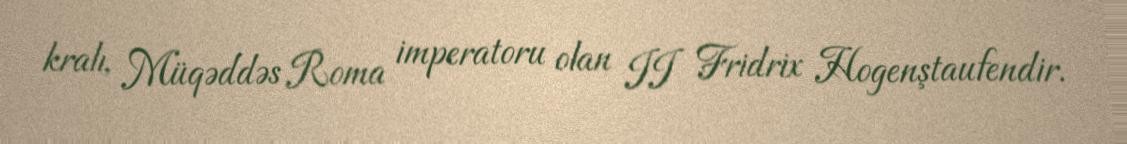
kralı, Müqəddəs Roma imperatoru olan II Fridrix Hogenştaufendir.